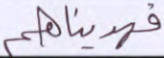
فهديناهم